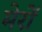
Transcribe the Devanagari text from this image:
मेरों